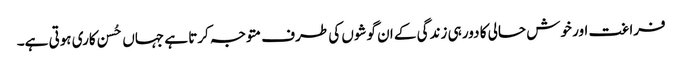
فراغت اور خوش حالی کا دور ہی زندگی کے ان گوشوں کی طرف متوجہ کرتا ہے جہاں حُسن کاری ہوتی ہے۔